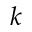
k